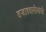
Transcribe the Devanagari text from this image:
वर्‍हाडवासीयांची